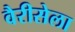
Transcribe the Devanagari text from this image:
वैरीसेला